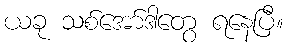
ယခု သစ်အော်ဒါတွေ ရနေပြီ။